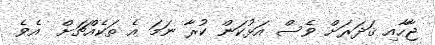
ޖާހާއި ޤަދަރަށް ވެސް އަޅުކަން ކުރާ ނަމަ އެ ތަކެއްޗަށް  އެވެ